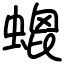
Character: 螕